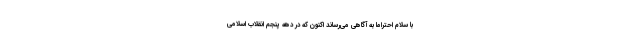
با سلام احتراما به آگاهی می‌رساند اکنون که در دهه پنجم انقلاب اسلامی